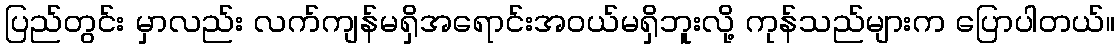
ပြည်တွင်း မှာလည်း လက်ကျန်မရှိအရောင်းအဝယ်မရှိဘူးလို့ ကုန်သည်များက ပြောပါတယ်။